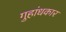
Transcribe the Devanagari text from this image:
गुहांधकार